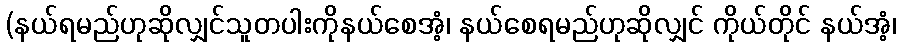
(နယ်ရမည်ဟုဆိုလျှင်သူတပါးကိုနယ်စေအံ့၊ နယ်စေရမည်ဟုဆိုလျှင် ကိုယ်တိုင် နယ်အံ့၊